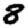
Digit: 8